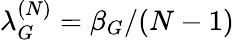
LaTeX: \lambda_{G}^{(N)}=\beta_{G}/(N-1)